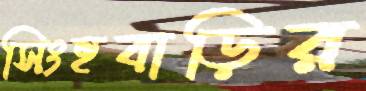
সিংহবাড়ির